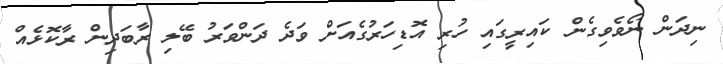
ނިދަން ނޯވެވިގެން ކައިރީގައި ހުރި އޮޑިހަރުގެއަށް ވަދެ ދަންވަރު ބޭލި ރާބަދިން ރާކޮޅެއް